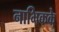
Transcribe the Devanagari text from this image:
नाभिकके